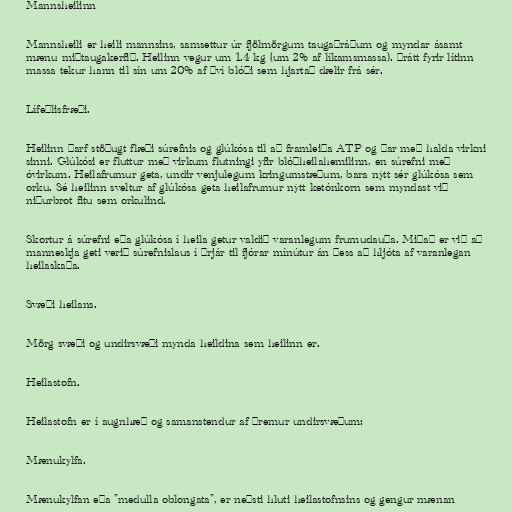
Mannsheilinn

Mannsheili er heili mannsins, samsettur úr fjölmörgum taugaþráðum og myndar ásamt
mænu miðtaugakerfið. Heilinn vegur um 1.4 kg (um 2% af líkamsmassa). Þrátt fyrir lítinn
massa tekur hann til sín um 20% af því blóði sem hjartað dælir frá sér.

Lífeðlisfræði.

Heilinn þarf stöðugt flæði súrefnis og glúkósa til að framleiða ATP og þar með halda virkni
sinni. Glúkósi er fluttur með virkum flutningi yfir blóðheilahemilinn, en súrefni með
óvirkum. Heilafrumur geta, undir venjulegum kringumstæðum, bara nýtt sér glúkósa sem
orku. Sé heilinn sveltur af glúkósa geta heilafrumur nýtt ketónkorn sem myndast við
niðurbrot fitu sem orkulind.

Skortur á súrefni eða glúkósa í heila getur valdið varanlegum frumudauða. Miðað er við að
manneskja geti verið súrefnislaus í þrjár til fjórar mínútur án þess að hljóta af varanlegan
heilaskaða.

Svæði heilans.

Mörg svæði og undirsvæði mynda heildina sem heilinn er.

Heilastofn.

Heilastofn er í augnhæð og samanstendur af þremur undirsvæðum:

Mænukylfa.

Mænukylfan eða "medulla oblongata", er neðsti hluti heilastofnsins og gengur mænan